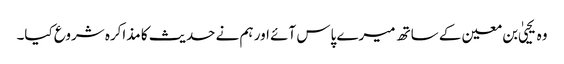
وہ یحییٰ بن معین کے ساتھ میرے پاس آئے اور ہم نے حدیث کا مذاکرہ شروع کیا۔